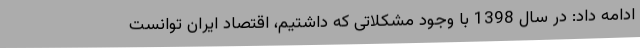
ادامه داد: در سال 1398 با وجود مشکلاتی که داشتیم، اقتصاد ایران توانست